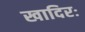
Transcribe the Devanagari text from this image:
खादिरः